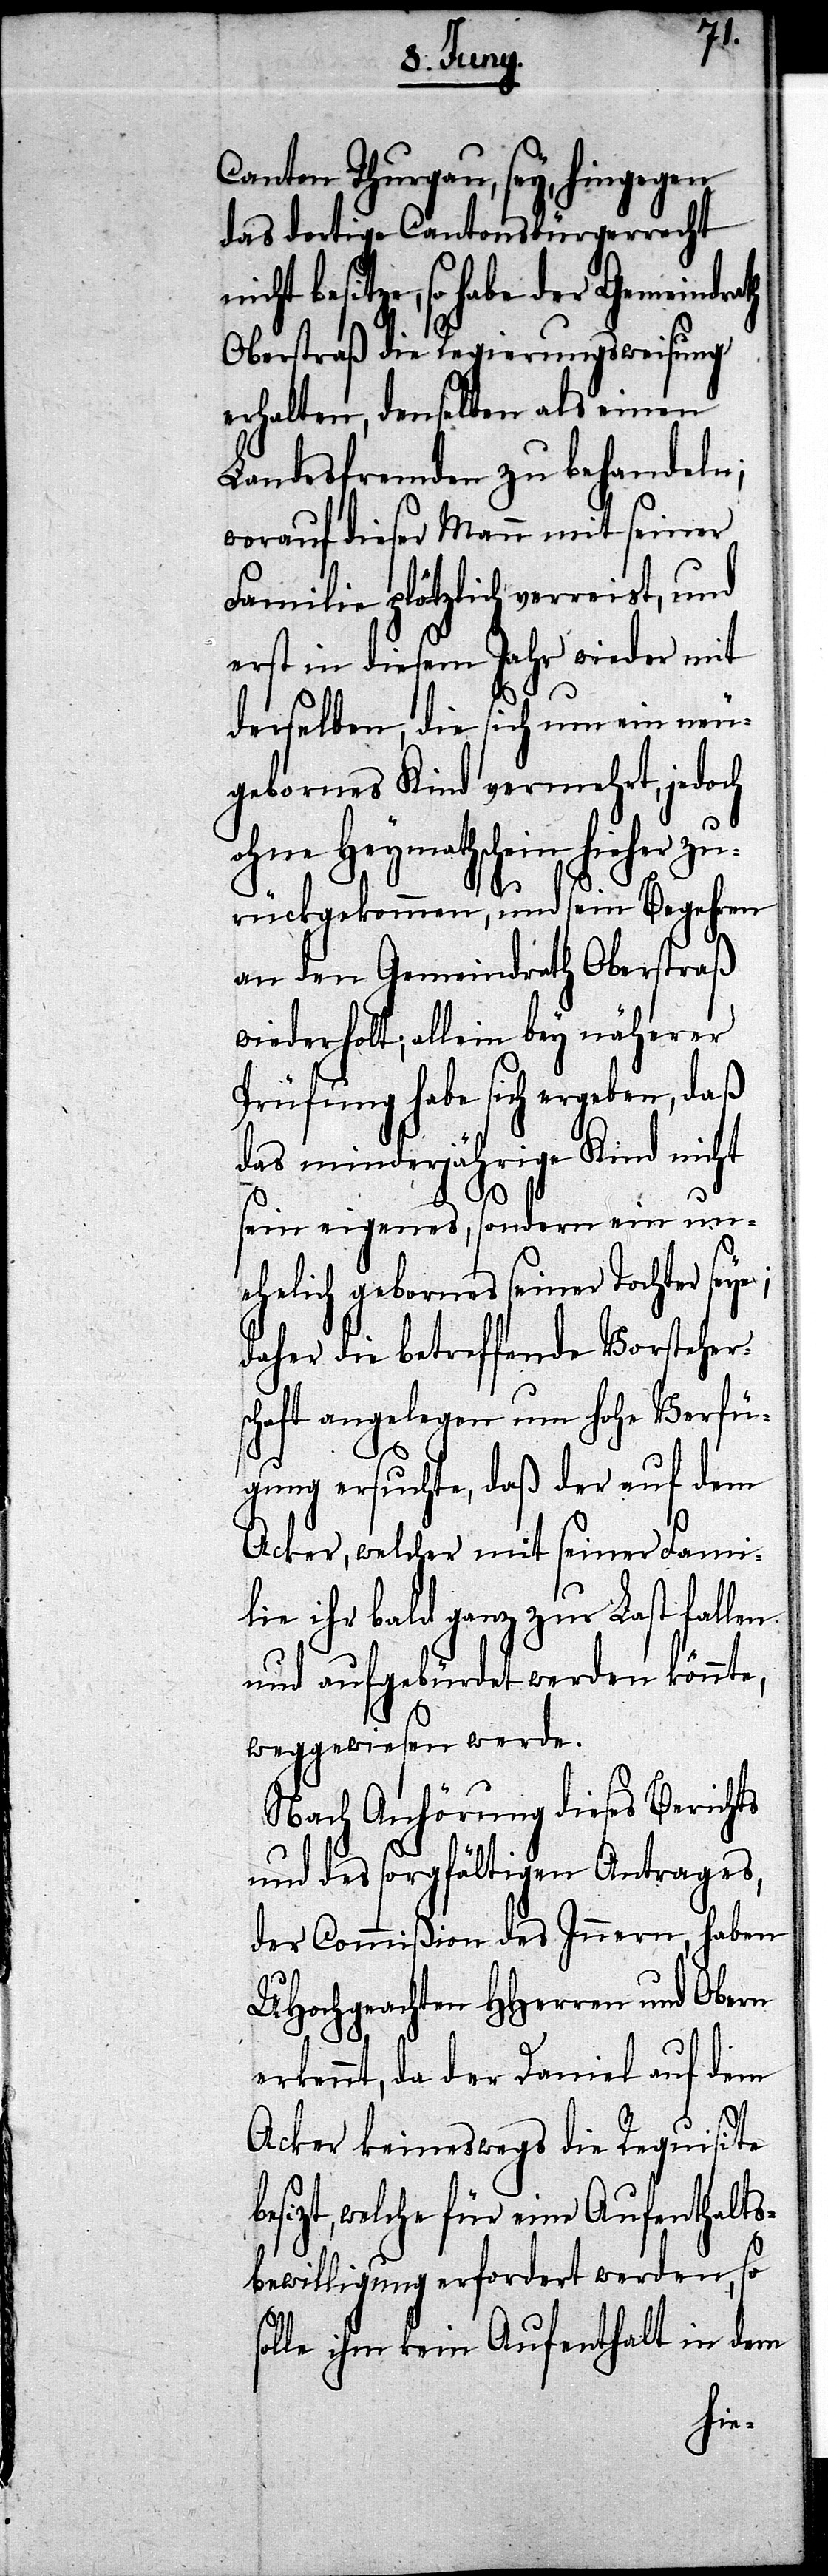
Canton Thurgau, sey, hingegen
das dortige Cantonsbürgerrecht
besitze, so habe der Gemeindr¬
Oberstraß die Regierungsweisung
erhalten, denselben als einen
Landesfremden zu behandeln;
worauf dieser Mann mit seiner
Familie plötzlich verreist, und
erst in diesem Jahr wieder mit
derselben, die sich um ein neu¬
gebornes Kind vermehrt, jedoch
ohne Heymathschein hieher zu¬
rückgekommen, und sein Begehren
an den Gemeindrath Oberstraß
wiederholt; allein bey näherer
Prüfung habe sich ergeben, daß
das minderjährige Kind nicht
sein eigenes, sondern ein un¬
ehelich gebornes seiner Tochter
daher die betreffende Vorsteher¬
schaft angelegen um hohe Verfü¬
gung ersuchte, daß der auf dem
Acker, welcher mit seiner Fami¬
lie ihr bald ganz zur Last fallend
und aufgebürdet werden könnte,
weggewiesen werde.
Nach Anhörung dieses Berichts
und des sorgfältigen Antrages,
der Commißion des Innern, haben
UHochgeachten HHerren und Obern
erkennt, da der Daniel auf dem
Acker keineswegs die Requisite
besizt, welche für eine Aufenthalts¬
bewilligung erfordert werden, so
solle ihm kein Aufenthalt in dem
ath